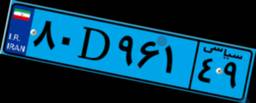
۸۰D۹۶۱۴۹